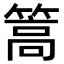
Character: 篙